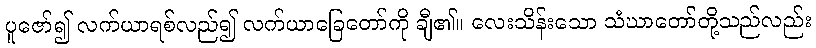
ပူဇော်၍ လက်ယာရစ်လည်၍ လက်ယာခြေတော်ကို ချီ၏။ လေးသိန်းသော သံဃာတော်တို့သည်လည်း